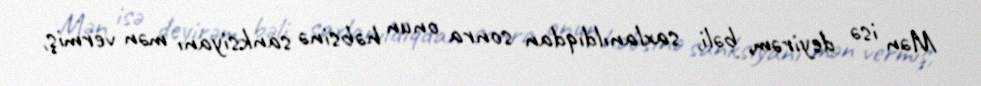
Mən isə deyirəm, bəli, saxlanıldıqdan sonra onun həbsinə sanksiyanı mən vermiş,